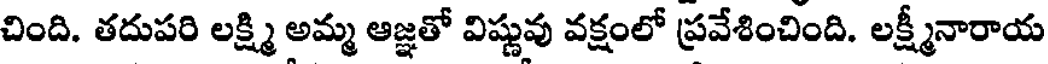
చింది. తదుపరి లక్ష్మి అమ్మ ఆజ్ఞతో విష్ణువు వక్షంలో ప్రవేశించింది. లక్ష్మీనారాయ